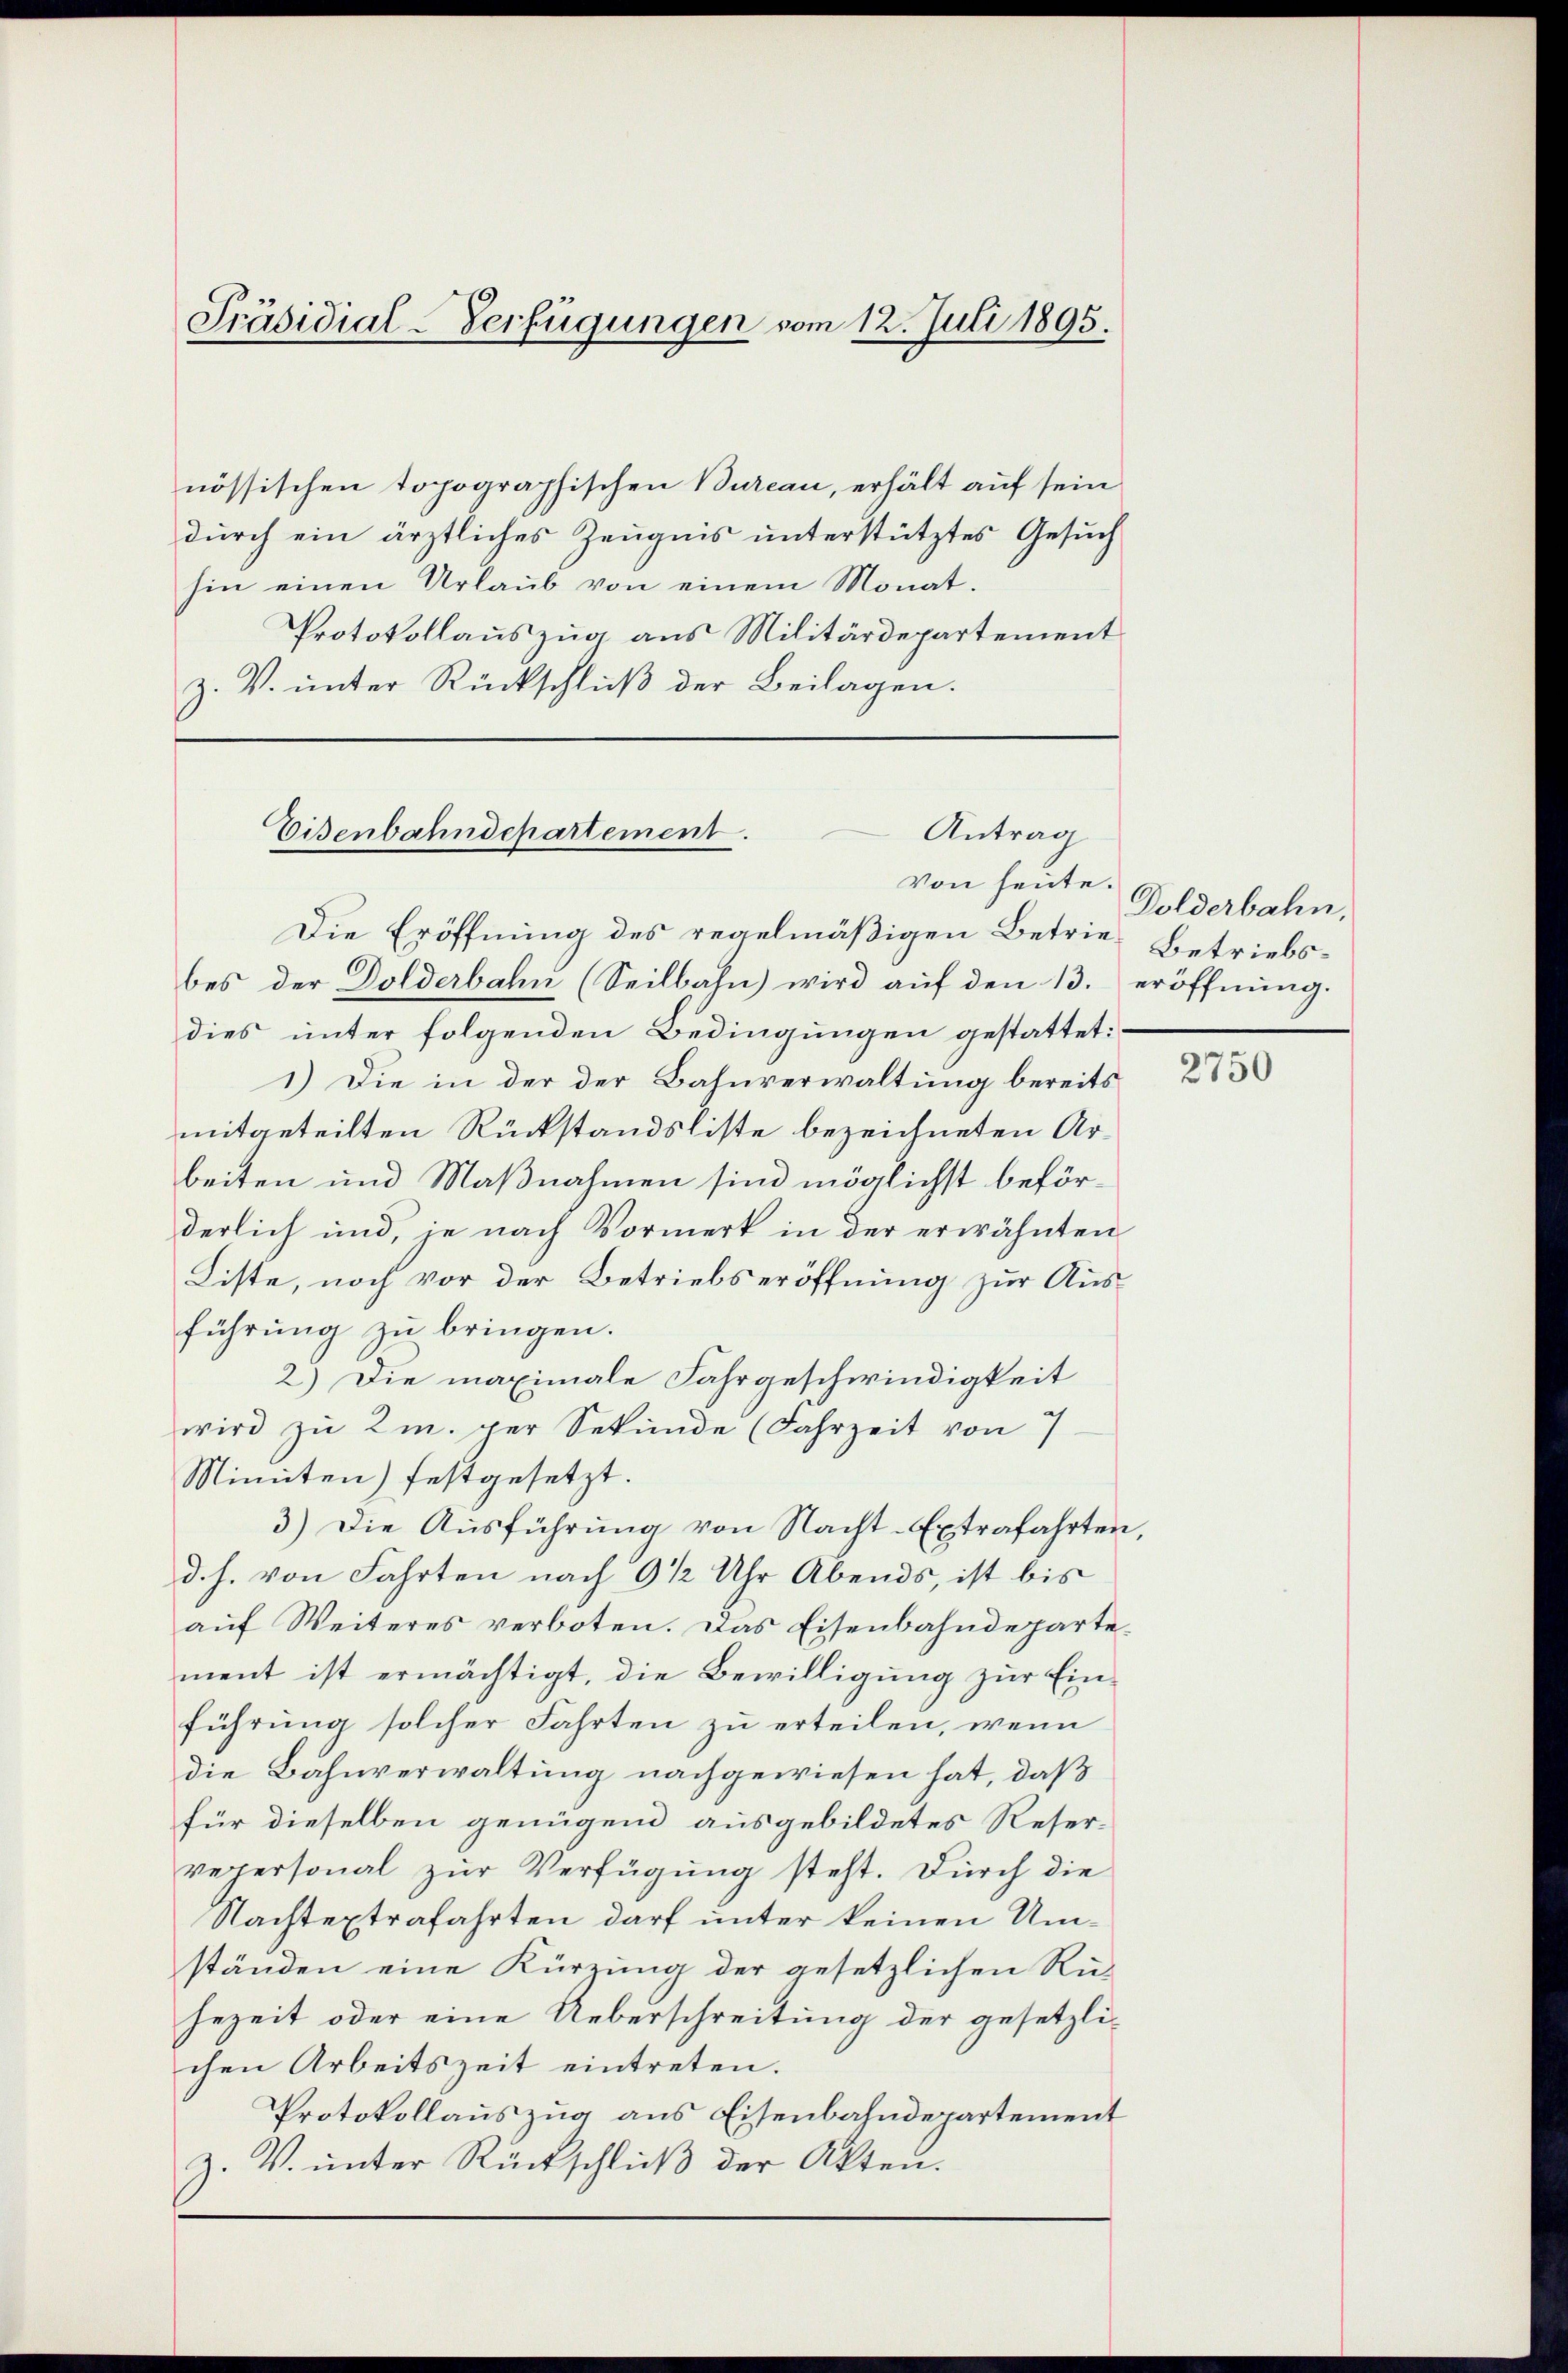
Präsidial-Verfügungen vom 12. Juli 1895.

nössischen topographischen Bureau, erhält auf sein
durch ein ärztliches Zeugnis unterstütztes Gesuch
hin einen Urlaŭb von einem Monat.
Protokollauszug aus Militärdepartement
z. V. unter Rückschlŭβ der Beilagen.

Eisenbahndepartement.
Antrag

Von heute.
Die Eröffnung des regelmäßigen Betrie-Betriebsbes der Dolderbahn (Seilbahn wird auf den 13. eröffnung.
dies unter folgenden Bedingungen gestattet:
1.) Die in der der Bahnverwaltung bereits
mitgeteilten Rückstandsliste bezeichneten Arbeiten und Maßnahmen sind möglichst beförderlich und, je nach Vormerk in der erwähnten
Liste, noch vor der Betriebseröffnung zur Ausführung zu bringen.
2.) Die maximale Fahrgeschwindigkeit
wird zu 2m. per Sekunde (Fahrzeit von 7
Minuten) festgesetzt.
3.) Die Ausführung von Nacht-Extrafahrten,
d. h. von Fahrten nach 9 1/2 Uhr Abends, ist bis
auf Weiteres verboten. Das Eisenbahndepartement ist ermächtigt, die Bewilligŭng zŭr Ein-
führung solcher Fahrten zu erteilen, wenn
die Bahnverwaltung nachgewiesen hat, daß
für dieselben genügend ausgebildetes Reser-
veppersonal zŭr Verfügung steht. Durch die
Nachtextrafahrten darf unter keinen Umständen eine Kürzung der gesetzlichen Rü-
hezeit oder eine Ueberschreitung der gesetzlichen Arbeitszeit eintreten.
Protokollauszug aus Eisenbahndepartement
Z. V. ŭnter Rückschlŭβ der Akten.

Dolderbahn,

2750